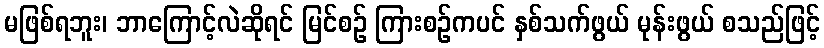
မဖြစ်ရဘူး၊ ဘာကြောင့်လဲဆိုရင် မြင်စဉ် ကြားစဉ်ကပင် နှစ်သက်ဖွယ် မုန်းဖွယ် စသည်ဖြင့်